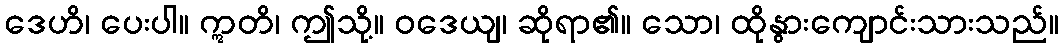
ဒေဟိ၊ ပေးပါ။ ဣတိ၊ ဤသို့။ ဝဒေယျ၊ ဆိုရာ၏။ သော၊ ထိုနွားကျောင်းသားသည်။